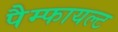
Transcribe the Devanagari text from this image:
पैम्फायल्ट